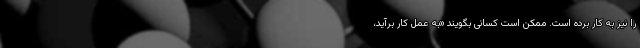
را نیز به کار برده است. ممکن است کسانی بگویند «به عمل کار بر‌آید،